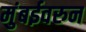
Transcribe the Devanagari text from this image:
मुंबईवरुन